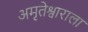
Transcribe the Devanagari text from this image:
अमृतेश्वाराला